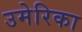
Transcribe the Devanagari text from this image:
उमेरिका